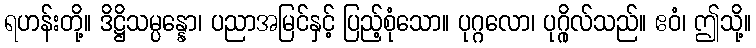
ရဟန်းတို့။ ဒိဋ္ဌိသမ္ပန္နော၊ ပညာအမြင်နှင့် ပြည့်စုံသော။ ပုဂ္ဂလော၊ ပုဂ္ဂိုလ်သည်။ ဧဝံ၊ ဤသို့။